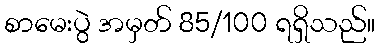
စာမေးပွဲ အမှတ် 85/100 ရရှိသည်။